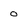
Character: 0